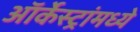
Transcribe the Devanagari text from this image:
ऑर्केस्ट्रांमध्ये